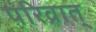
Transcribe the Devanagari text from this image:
परिव्रात्